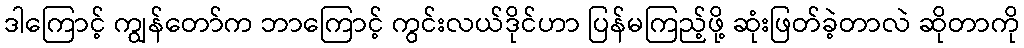
ဒါကြောင့် ကျွန်တော်က ဘာကြောင့် ကွင်းလယ်ဒိုင်ဟာ ပြန်မကြည့်ဖို့ ဆုံးဖြတ်ခဲ့တာလဲ ဆိုတာကို